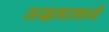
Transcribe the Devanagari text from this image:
जखमामध्ये